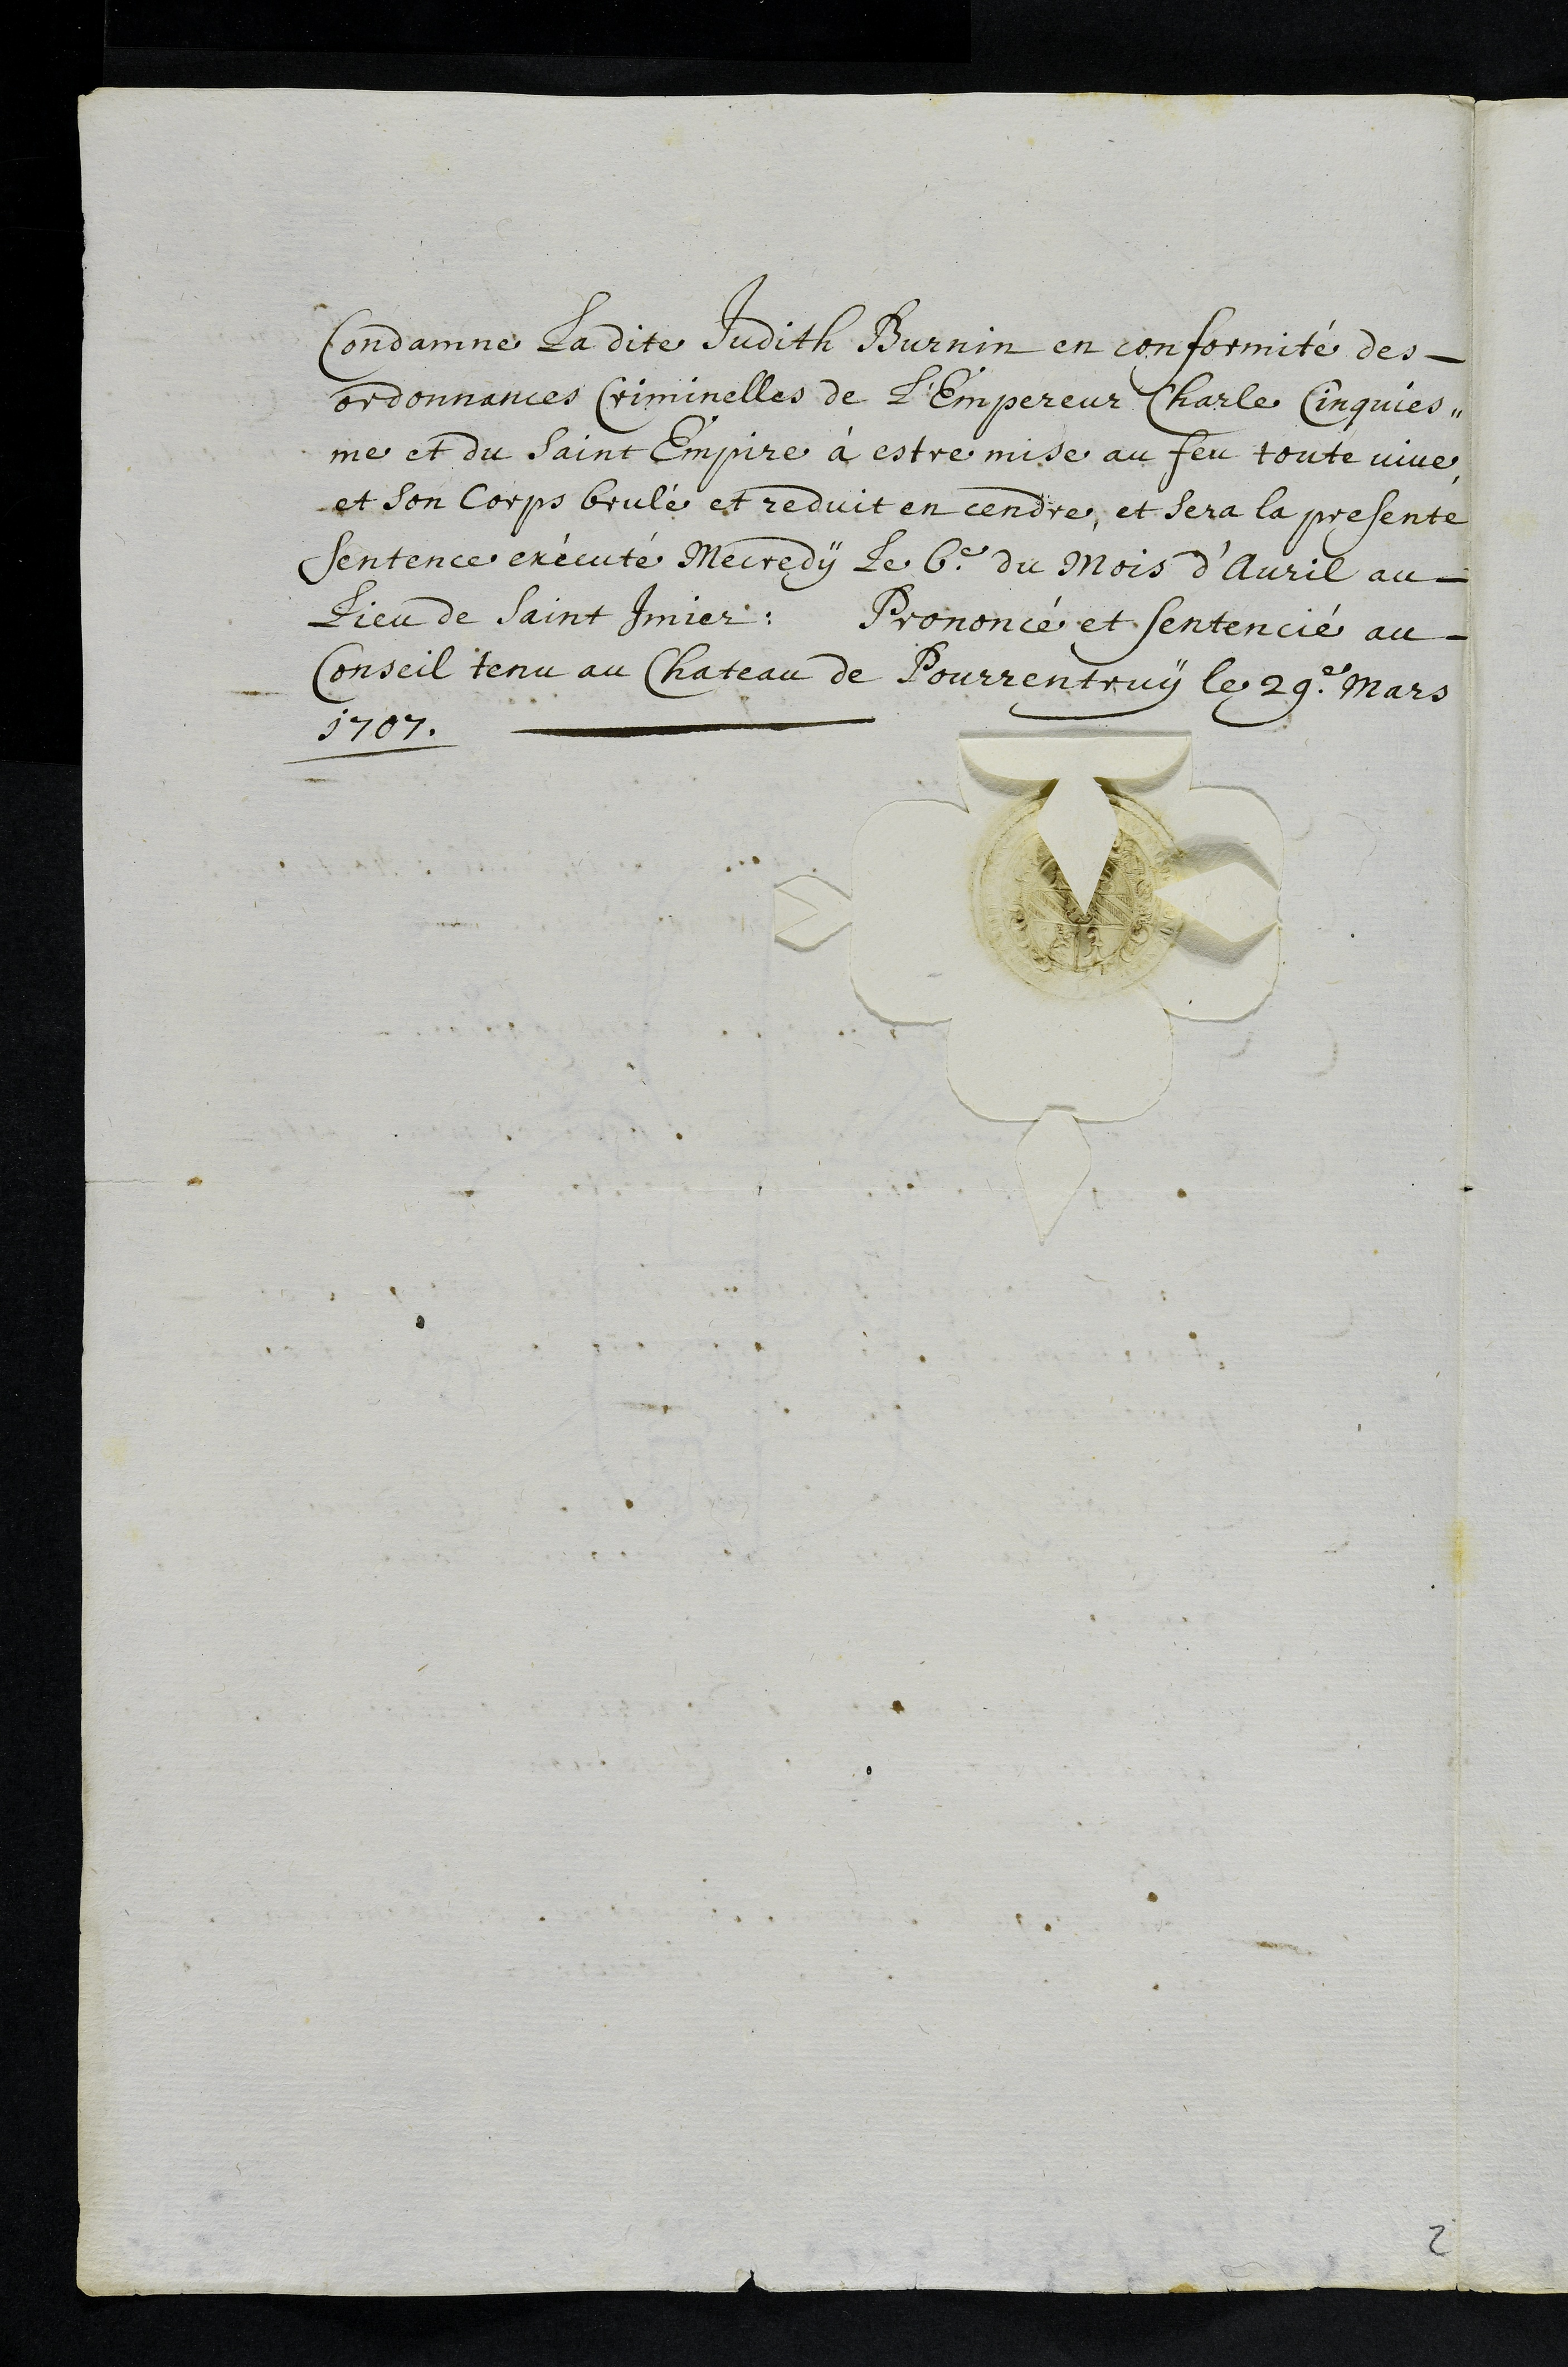
Condamne ladite Judith Burnin en conformité des
ordonnances Criminelles de l’Empereur Charle Cinquies¬
me et du saint Empire à estre mise au feu toute vive
et son corps brulé et reduit en cendre, et sera la presente
sentence exécuté Mecredy le 6e du Mois d’Avril au
Lieu de Saint Imier.
Prononce et sentencié au
Conseil tenu au Château de Pourrentruy le 29e. Mars
1707.

2